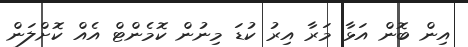
އިން ބޮން އަޅާ މަރާ އިރު ކުޑަ މިނުން ކޮމެންޓް އެއް ކޮށްލަން